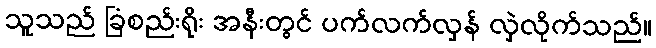
သူသည် ခြံစည်းရိုး အနီးတွင် ပက်လက်လှန် လှဲလိုက်သည်။